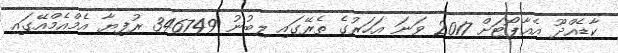
ކާޑެއްދޫ އެއާޕޯޓަށް 2017 ވަނަ އަހަރުގެ ތެރޭގައި ލިބުނު 346749 ރުފިޔާ އެމްއެމްއޭގައި